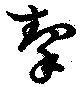
挈